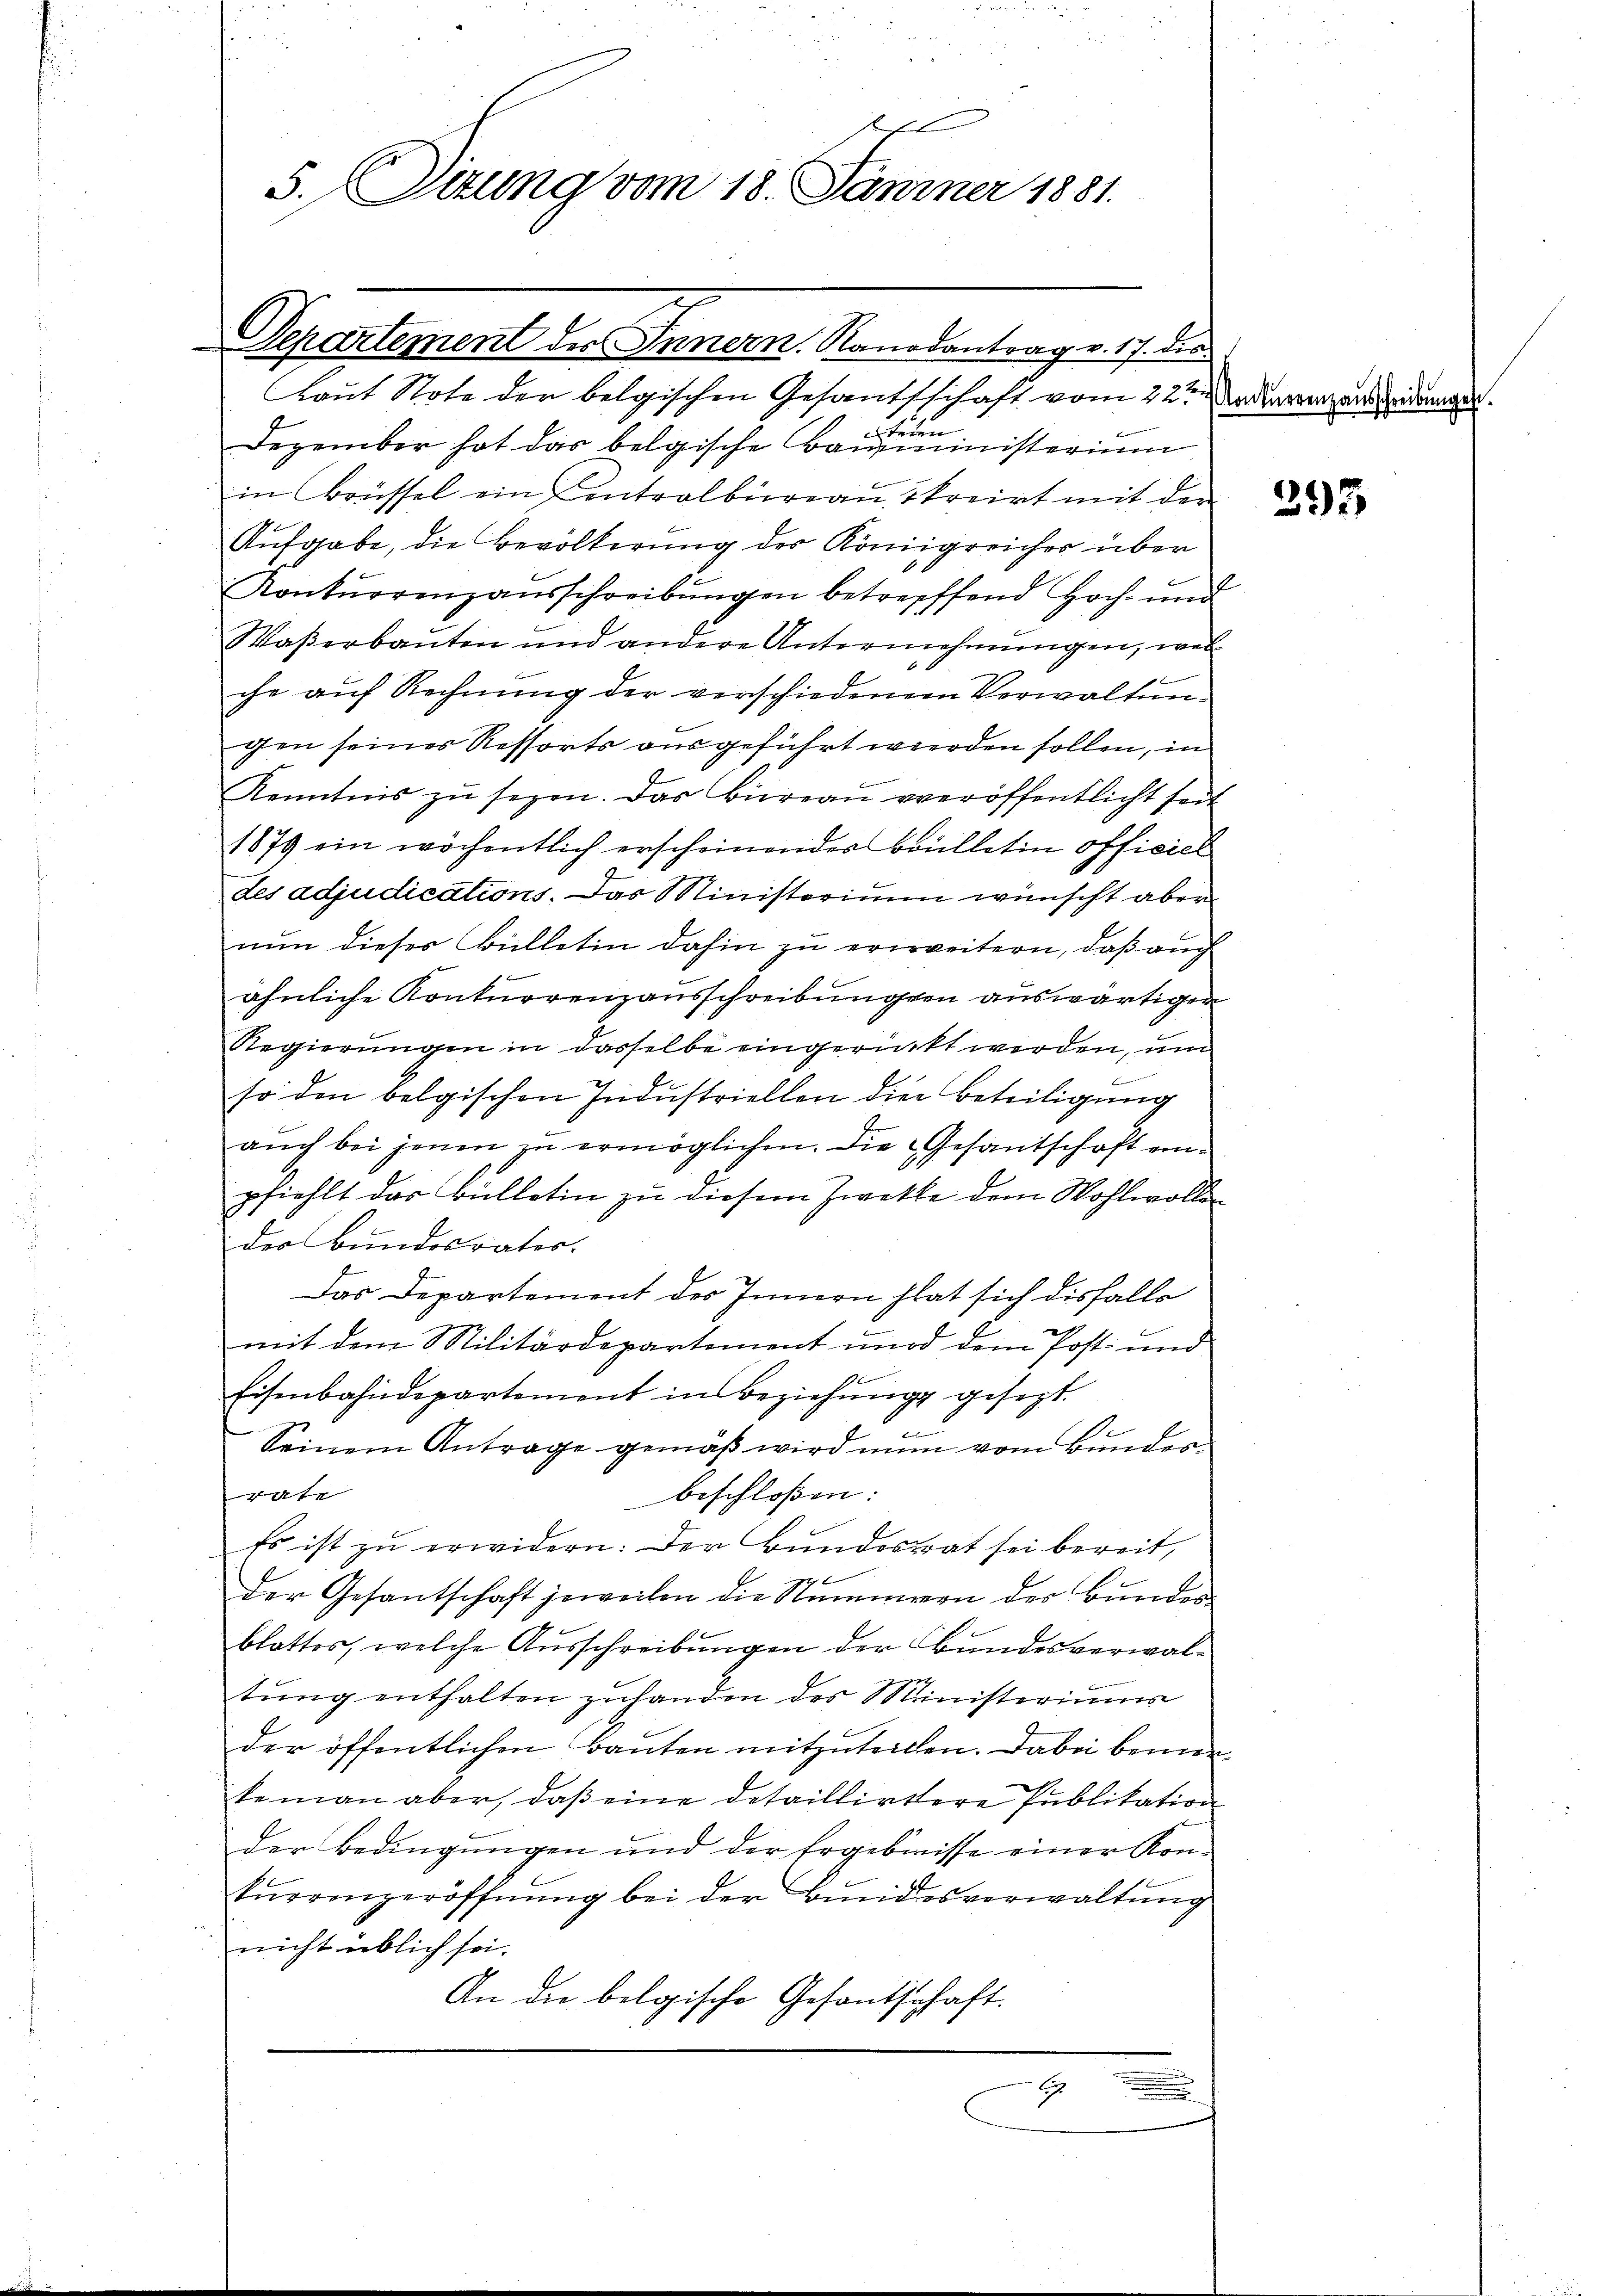
s
5. Sitzung vom 18. Jänner 1881.

Departement des Innern Randantrag v. 17. die

Laut Note der belgischen Gesandtschaft vom 22ten Judenverzeredung
teten
Dezember hat das belgische Baiministerium
in Brüssel ein Contralbureau skreirt mit der
Aŭfgabe, die Bevölkerung des Königreicher über
Konkurrenzausschreibŭngen betreffend Hoch- und
Waßerbauten und andere Unternehmungen, welche auf Rechnung der verschiedenem Verwaltungen seines Ressorts ausgeführt werden sollen, in
Kenntnis zu sezen. Das Büreau veröffentlicht seit
1879 ein wöchentlich erscheinendes Boulletin officiel
des adjudications. Das Ministerium wünscht aber
nun dieser Bülletin dahin zu erweitern, daß auch
ähnliche Konturrenzausschreibungen auswärtigen
Regierungen in dasselbe eingerückt werden, un
so den belgischen Industriellen die Beteiligung
aŭch bei jenen zu ermöglichen. Die Gesandschaft einpfiehlt das Bülletin zu diesem Zwecke dem Wohlwolle
der Bundesrates.
Das Departement des Innern hat sich diesfalle
mit dem Militärdepartement und dem Post- und
Eisenbahndepartement in Beziehung gesezt.
Seinem Antrage gemäß wird nun vom Bundesrate
beschloßen:
Es ist zu erwidern: Der Bundesrat sei bereit,
der Gesantschaft jeweilen die Stammern des Bundes
blattes, welche Ausschreibungen der Bundesverwaltŭng enthalten zuhanden des Ministeriums
der öffentlichen Bauten mitzuteilen. Dabei bemertemann aber, daß eine detaillirtere Publikation
der Bedingŭngen und der Ergebnisse einer Kon-
turrenzeröffnung bei der Bundesverwaltung
nicht üblich sei.
An die belgische Gesantschaft.
A
.

395